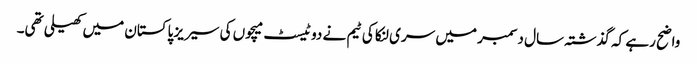
واضح رہے کہ گذشتہ سال دسمبر میں سری لنکا کی ٹیم نے دو ٹیسٹ میچوں کی سیریز پاکستان میں کھیلی تھی۔